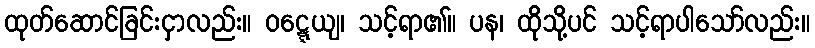
ထုတ်ဆောင်ခြင်းငှာလည်း။ ဝဋ္ဋေယျ၊ သင့်ရာ၏။ ပန၊ ထိုသို့ပင် သင့်ရာပါသော်လည်း။